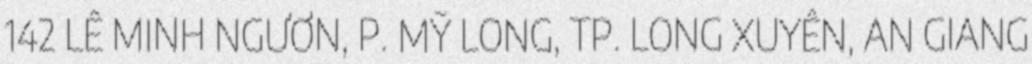
142 LÊ MINH NGƯƠN, P. MỸ LONG, TP. LONG XUYÊN, AN GIANG